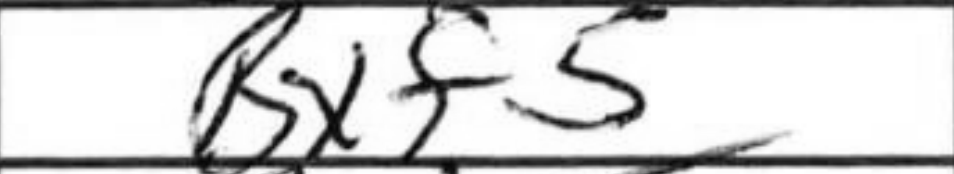
Transcription: Bxf5